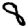
Digit: 8